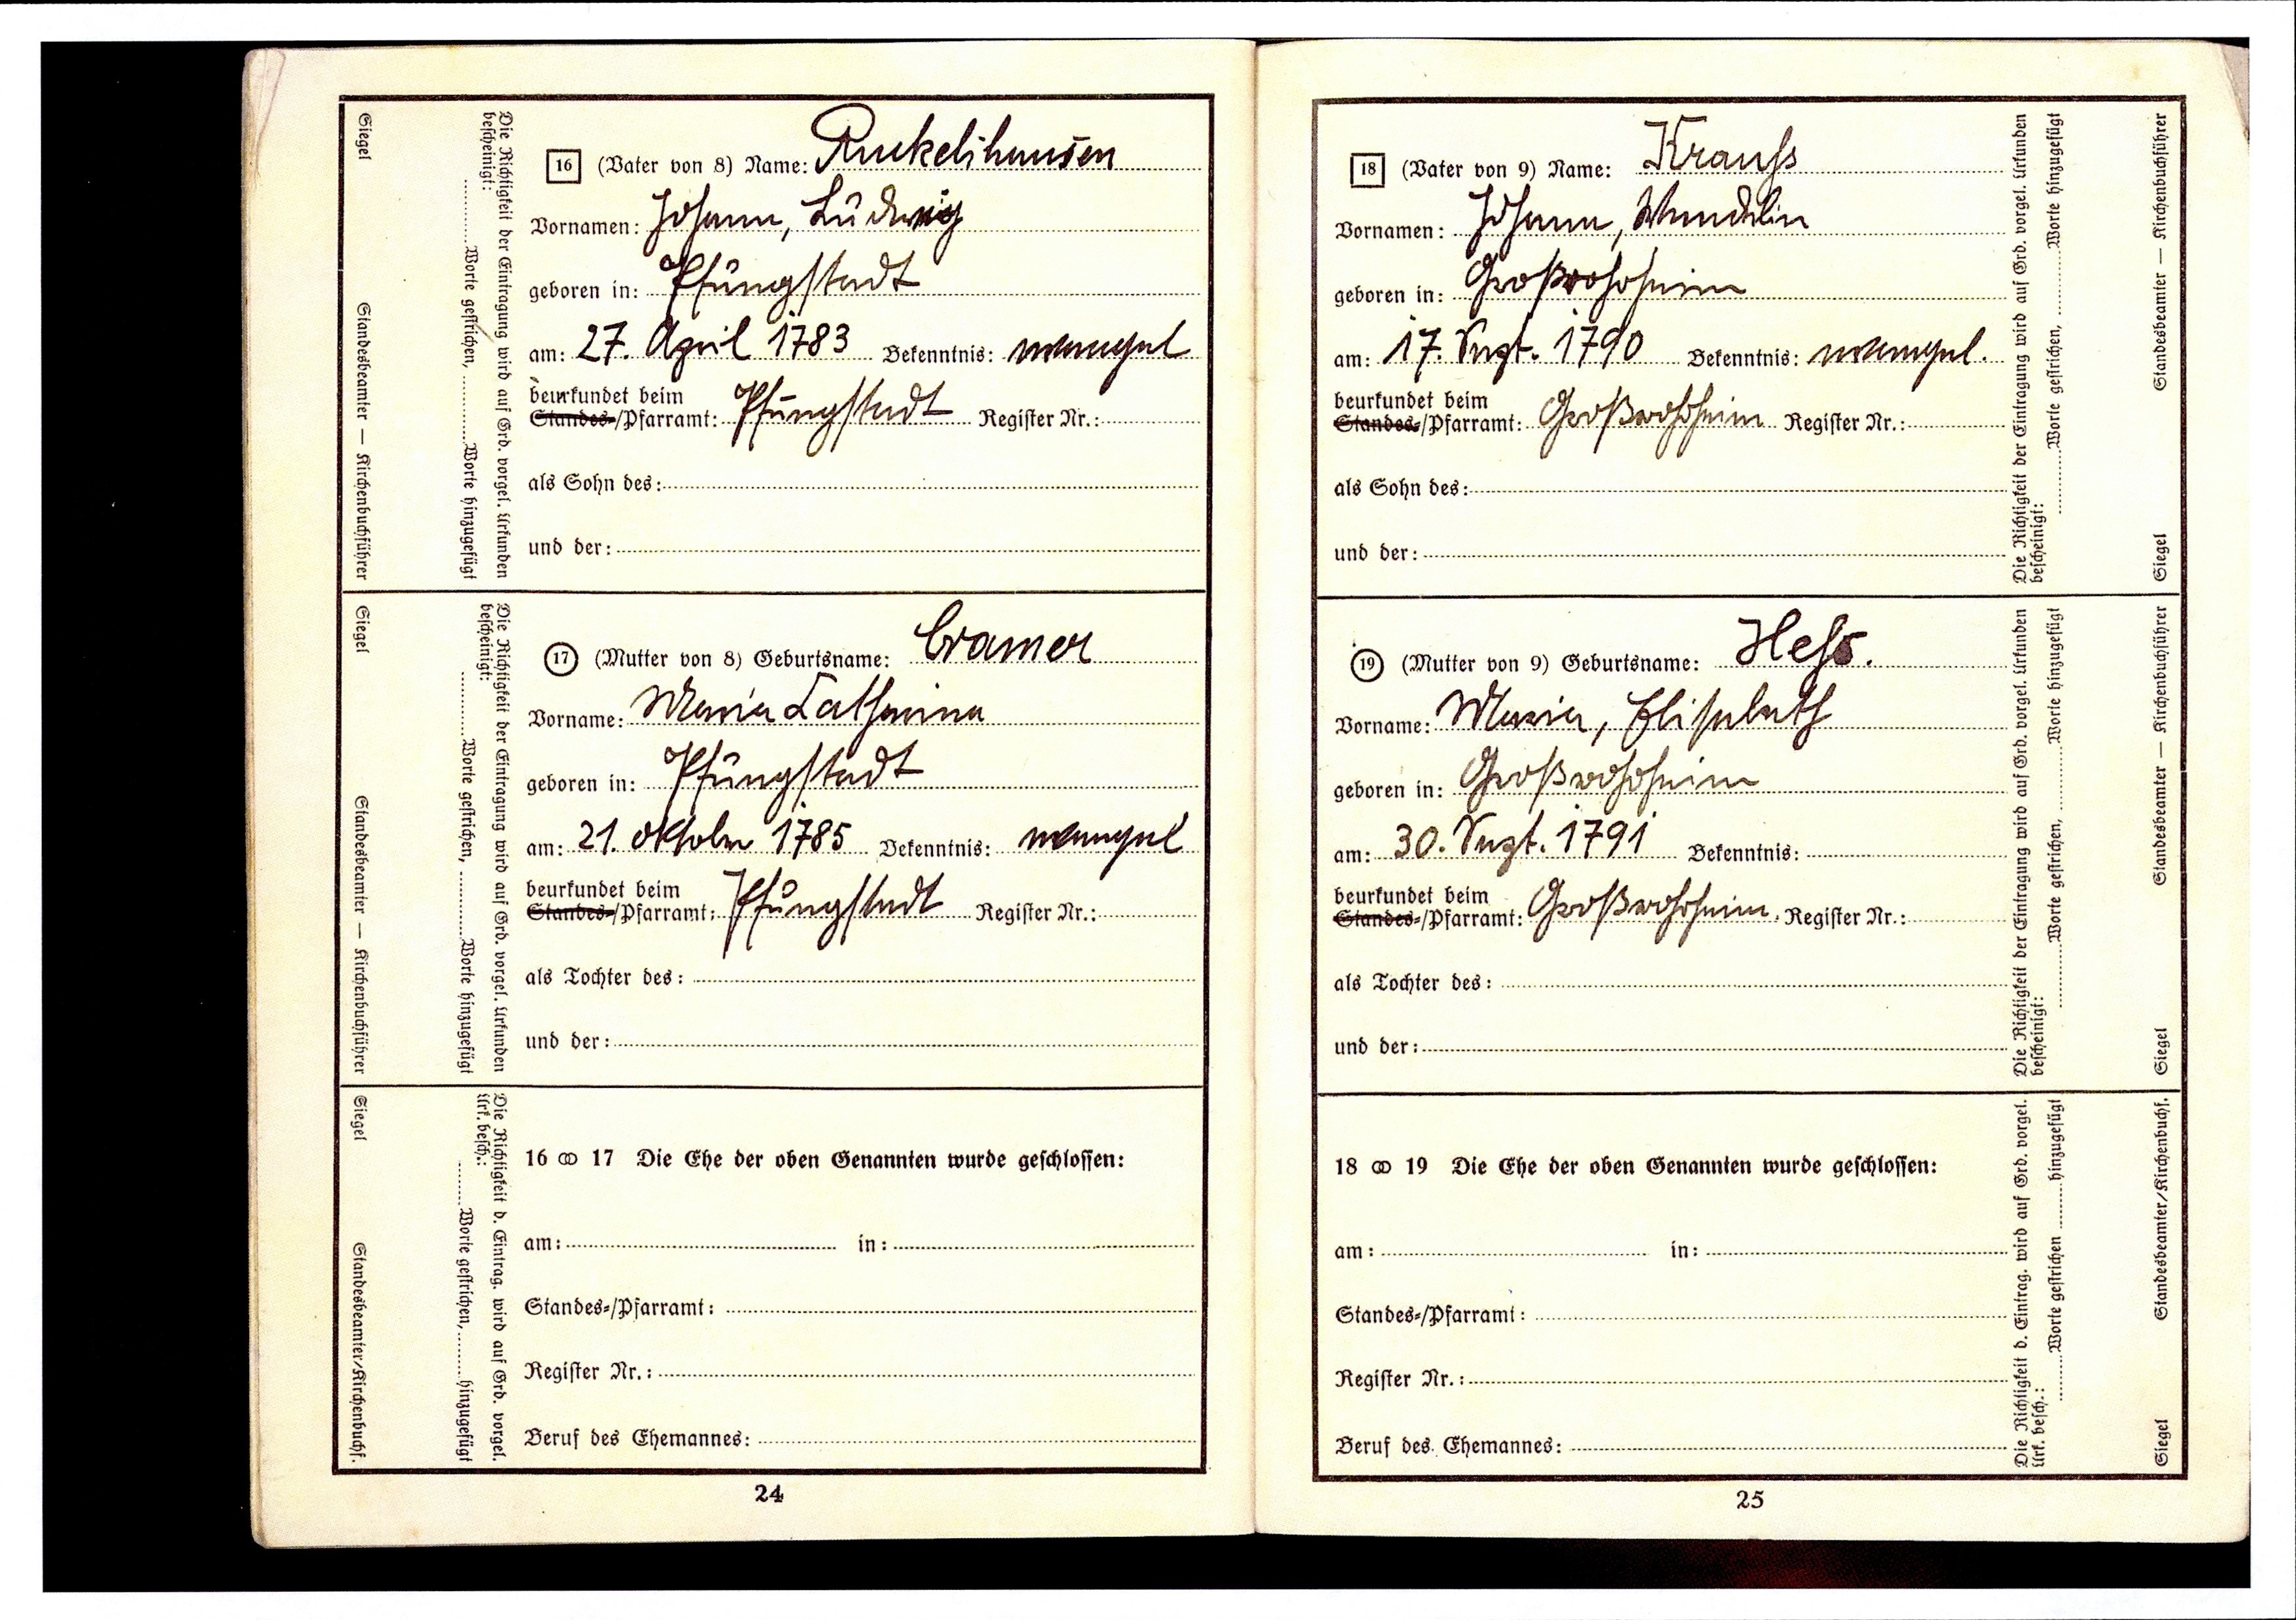
Ruckelshausen
Johann, Ludwig
Pfungstadt
27. April 1783 Bekenntnis: evangel.
Pfungstadt
Cramer
Maria Catharina
Pfungstadt
21. Oktober 1785  Bekenntnis: evangel.
Pfungstadt

Krauhs
Johann, Wendelin
Großrohrheim
17. Sept. 1790 Bekenntnis: evangel.
Großrohrheim
Hehs
Maria, Elisabeth
Großrohrheim
30. Sept. 1791
Großrohrheim